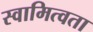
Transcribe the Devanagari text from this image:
स्वामित्वता